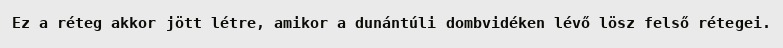
Ez a réteg akkor jött létre, amikor a dunántúli dombvidéken lévő lösz felső rétegei.